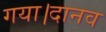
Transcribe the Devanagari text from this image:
गया।दानव